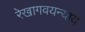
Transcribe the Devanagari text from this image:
रेखागवयन्याय